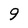
Character: 9